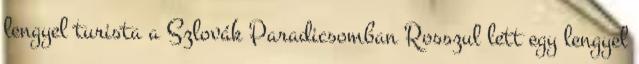
lengyel turista a Szlovák Paradicsomban Rosszul lett egy lengyel